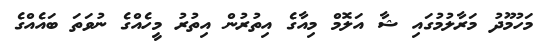
މަހުމޫދު މަރާލުމުގައި ޝާ އަލޮމް މިއާގެ އިތުރުން އިތުރު މީހެއްގެ ނުވަތަ ބައެއްގެ